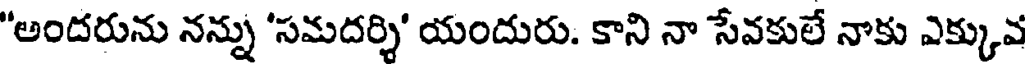
"అందరును నన్ను 'సమదర్శి' యందురు. కాని నా సేవకులే నాకు ఎక్కువ